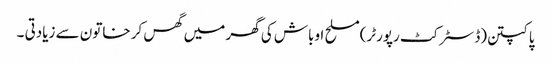
پاکپتن(ڈسٹر کٹ رپورٹر)مسلح اوباش کی گھر میں گھس کر خاتون سے زیادتی ۔